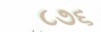
૮૭૬